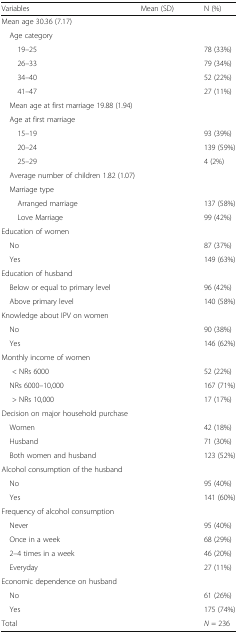
<table><thead><tr><td><b>Variables</b></td><td><b>Mean (SD)</b></td><td><b>N (%)</b></td></tr></thead><tbody><tr><td colspan="3">Mean age 30.36 (7.17)</td></tr><tr><td colspan="3"> Age category</td></tr><tr><td>19–25</td><td></td><td>78 (33%)</td></tr><tr><td>26–33</td><td></td><td>79 (34%)</td></tr><tr><td>34–40</td><td></td><td>52 (22%)</td></tr><tr><td>41–47</td><td></td><td>27 (11%)</td></tr><tr><td colspan="3"> Mean age at first marriage 19.88 (1.94)</td></tr><tr><td colspan="3"> Age at first marriage</td></tr><tr><td>15–19</td><td></td><td>93 (39%)</td></tr><tr><td>20–24</td><td></td><td>139 (59%)</td></tr><tr><td>25–29</td><td></td><td>4 (2%)</td></tr><tr><td colspan="3"> Average number of children 1.82 (1.07)</td></tr><tr><td> Marriage type</td><td></td><td></td></tr><tr><td>Arranged marriage</td><td></td><td>137 (58%)</td></tr><tr><td>Love Marriage</td><td></td><td>99 (42%)</td></tr><tr><td colspan="3">Education of women</td></tr><tr><td> No</td><td></td><td>87 (37%)</td></tr><tr><td> Yes</td><td></td><td>149 (63%)</td></tr><tr><td colspan="3">Education of husband</td></tr><tr><td> Below or equal to primary level</td><td></td><td>96 (42%)</td></tr><tr><td> Above primary level</td><td></td><td>140 (58%)</td></tr><tr><td colspan="3">Knowledge about IPV on women</td></tr><tr><td> No</td><td></td><td>90 (38%)</td></tr><tr><td> Yes</td><td></td><td>146 (62%)</td></tr><tr><td colspan="3">Monthly income of women</td></tr><tr><td>&lt; NRs 6000</td><td></td><td>52 (22%)</td></tr><tr><td> NRs 6000–10,000</td><td></td><td>167 (71%)</td></tr><tr><td>&gt; NRs 10,000</td><td></td><td>17 (17%)</td></tr><tr><td colspan="3">Decision on major household purchase</td></tr><tr><td> Women</td><td></td><td>42 (18%)</td></tr><tr><td> Husband</td><td></td><td>71 (30%)</td></tr><tr><td> Both women and husband</td><td></td><td>123 (52%)</td></tr><tr><td colspan="3">Alcohol consumption of the husband</td></tr><tr><td> No</td><td></td><td>95 (40%)</td></tr><tr><td> Yes</td><td></td><td>141 (60%)</td></tr><tr><td colspan="3">Frequency of alcohol consumption</td></tr><tr><td> Never</td><td></td><td>95 (40%)</td></tr><tr><td> Once in a week</td><td></td><td>68 (29%)</td></tr><tr><td> 2–4 times in a week</td><td></td><td>46 (20%)</td></tr><tr><td> Everyday</td><td></td><td>27 (11%)</td></tr><tr><td colspan="3">Economic dependence on husband</td></tr><tr><td> No</td><td></td><td>61 (26%)</td></tr><tr><td> Yes</td><td></td><td>175 (74%)</td></tr><tr><td>Total</td><td></td><td><i>N</i> = 236</td></tr></tbody></table>